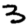
Digit: 3